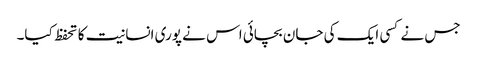
جس نے کسی ایک کی جان بچائی اس نے پوری انسانیت کا تحفظ کیا۔